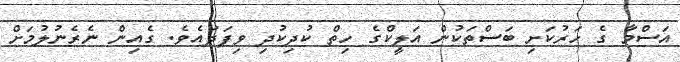
އަސްމާ ގެ ހަރުކަށި ބަސްތަކުން އަލީކްގެ ހިތް ކުދިކުދި ވިފަދައެވެ. ގެއިން ނެރެނުލުމަށް